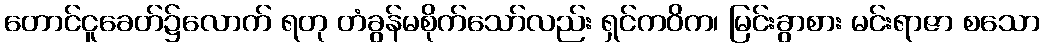
တောင်ငူခေတ်၌လောက် ရတု တံခွန်မစိုက်သော်လည်း ရှင်ကဝိက၊ မြင်းခွာစား မင်းရာဇာ စသော